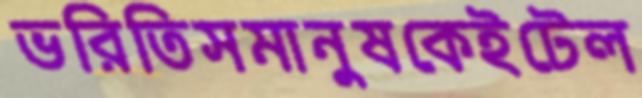
ভরিতিসমানুষকেইটেল